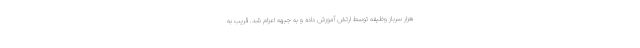
هزار سرباز وظیفه توسط ارتش آموزش داده و به جبهه اعزام شد. قریب به